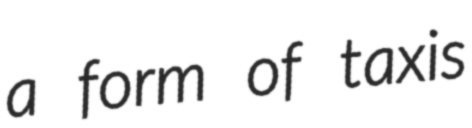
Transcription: a form of taxis